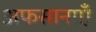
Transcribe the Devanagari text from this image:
अफसानाएँ